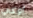
أوكي